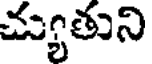
చ్యుతుని